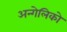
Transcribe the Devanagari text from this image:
अन्गेलिको